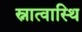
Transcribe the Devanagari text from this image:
स्नात्वास्थि